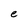
Character: e